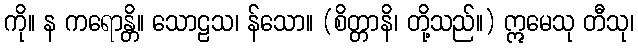
ကို။ န ကရောန္တိ။ သောဠသ၊ န်သော။ (စိတ္တာနိ၊ တို့သည်။) ဣမေသု တီသု၊